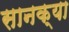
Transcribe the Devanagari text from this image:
सानक्या